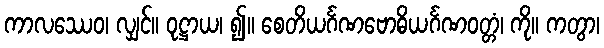
ကာလဿေဝ၊ လျှင်။ ဝုဋ္ဌာယ၊ ၍။ စေတိယင်္ဂဏဗောဓိယင်္ဂဏဝတ္တံ၊ ကို။ ကတွာ၊